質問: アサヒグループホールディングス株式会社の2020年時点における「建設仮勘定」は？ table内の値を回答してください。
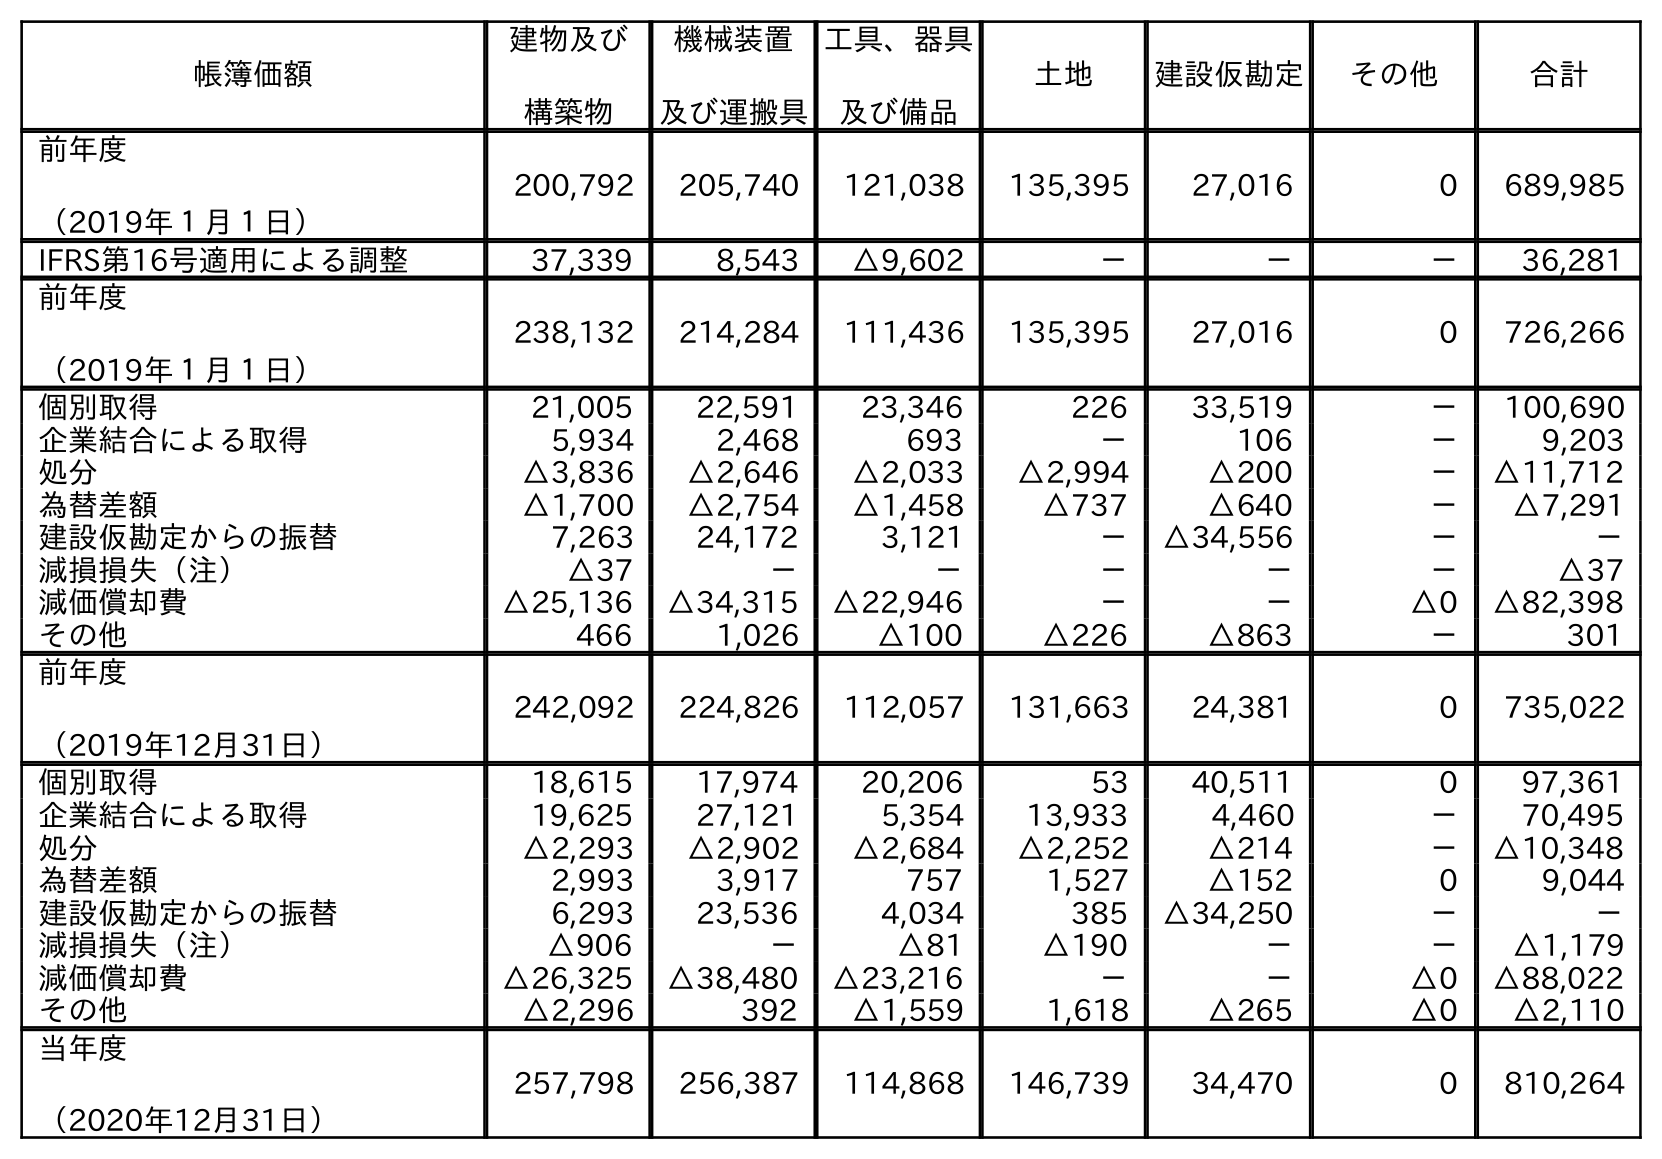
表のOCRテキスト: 帳簿価額 建物及び 構築物 機械装置 及び運搬具 工具、器具 及び備品 土地 建設仮勘定 その他 合計 前年度 （2019年１月１日） 200,792 205,740 121,038 135,395 27,016 0 689,985 IFRS第16号適用による調整 37,339 8,543 △9,602 － － － 36,281 前年度 （2019年１月１日） 238,132 214,284 111,436 135,395 27,016 0 726,266 個別取得 21,005 22,591 23,346 226 33,519 － 100,690 企業結合による取得 5,934 2,468 693 － 106 － 9,203 処分 △3,836 △2,646 △2,033 △2,994 △200 － △11,712 為替差額 △1,700 △2,754 △1,458 △737 △640 － △7,291 建設仮勘定からの振替 7,263 24,172 3,121 － △34,556 － － 減損損失（注） △37 － － － － － △37 減価償却費 △25,136 △34,315 △22,946 － － △0 △82,398 その他 466 1,026 △100 △226 △863 － 301 前年度 （2019年12月31日） 242,092 224,826 112,057 131,663 24,381 0 735,022 個別取得 18,615 17,974 20,206 53 40,511 0 97,361 企業結合による取得 19,625 27,121 5,354 13,933 4,460 － 70,495 処分 △2,293 △2,902 △2,684 △2,252 △214 － △10,348 為替差額 2,993 3,917 757 1,527 △152 0 9,044 建設仮勘定からの振替 6,293 23,536 4,034 385 △34,250 － － 減損損失（注） △906 － △81 △190 － － △1,179 減価償却費 △26,325 △38,480 △23,216 － － △0 △88,022 その他 △2,296 392 △1,559 1,618 △265 △0 △2,110 当年度 （2020年12月31日） 257,798 256,387 114,868 146,739 34,470 0 810,264
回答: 34,470